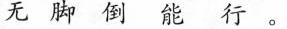
无脚倒能行。